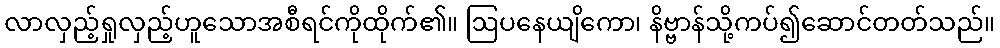
လာလှည့်ရှုလှည့်ဟူသောအစီရင်ကိုထိုက်၏။ ဩပနေယျိကော၊ နိဗ္ဗာန်သို့ကပ်၍ဆောင်တတ်သည်။